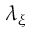
\lambda _ { \xi }